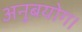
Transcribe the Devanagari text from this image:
अनुबयोग।